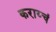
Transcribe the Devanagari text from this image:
कराय्चं